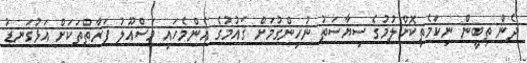
ދެން ތިބީން ނިކަމެތިކޮށްލުމުގެ ސިޔާސަތު ނުހިންގުމަށް ޤައުމުގެ އެންމެހައި މަސްއޫލު ފަރާތްތަކަށް އަޅުގަނޑު